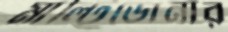
মাল্টিডোনার